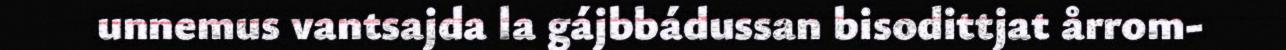
unnemus vantsajda la gájbbádussan bisodittjat årrom-